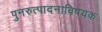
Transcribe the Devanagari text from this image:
पुनरुत्पादनाविषयक